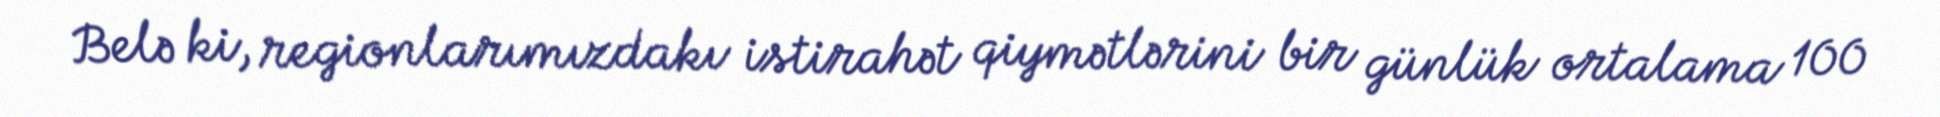
Belə ki, regionlarımızdakı istirahət qiymətlərini bir günlük ortalama 100